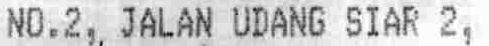
NO.2, JALAN UDANG SIAR 2,